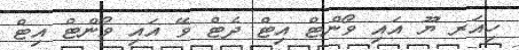
ހިއަރ ޔޫ އައި ވޯންޓް އިޓް ދެޓް ވޭ އައި ވޯންޓް އިޓް